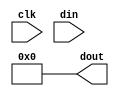
module clb_j (input clk, input [15:0] din, output [15:0] dout);
	assign dout = 0;
endmodule